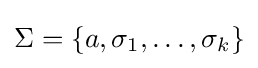
\Sigma =\{a,\sigma _{1},\dots ,\sigma _{k}\}